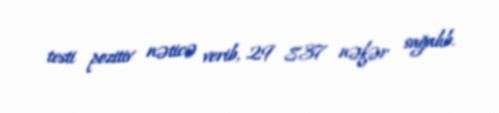
testi pozitiv nəticə verib, 29 837 nəfər sağalıb.